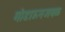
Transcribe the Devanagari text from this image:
गोडाऊनजवळ